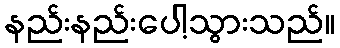
နည်းနည်းပေါ့သွားသည်။